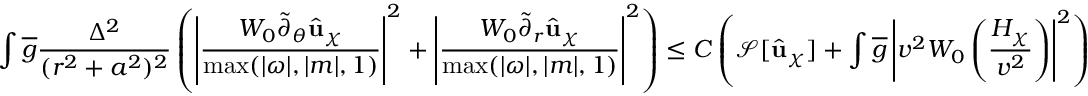
\int \overline { { g } } \frac { \Delta ^ { 2 } } { ( r ^ { 2 } + a ^ { 2 } ) ^ { 2 } } \left( \left| \frac { W _ { 0 } \widetilde { \partial } _ { \theta } \widehat { \mathbf { u } } _ { \chi } } { \operatorname* { m a x } ( | \omega | , | m | , 1 ) } \right| ^ { 2 } + \left| \frac { W _ { 0 } \widetilde { \partial } _ { r } \widehat { \mathbf { u } } _ { \chi } } { \operatorname* { m a x } ( | \omega | , | m | , 1 ) } \right| ^ { 2 } \right) \leq C \left( \mathcal { S } [ \widehat { \mathbf { u } } _ { \chi } ] + \int \overline { { g } } \left| v ^ { 2 } W _ { 0 } \left( \frac { H _ { \chi } } { v ^ { 2 } } \right) \right| ^ { 2 } \right)